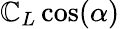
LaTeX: \mathbb{C}_{L}\cos(\alpha)